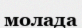
молада